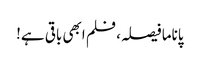
پاناما فیصلہ، فلم ابھی باقی ہے!